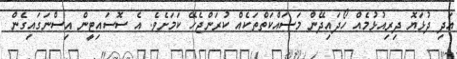
އަދި ދުޅަޔޮ ދިރިއުޅުމެއް ހޯދައިދޭން މަސައްކަތްތަކެއް ކުރަންޖެހޭ ކަމަށެވެ. އެ ސޮސައިޓީން އިސްނަގައިގެން